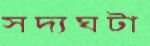
সদ্যঘটা